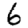
Digit: 6